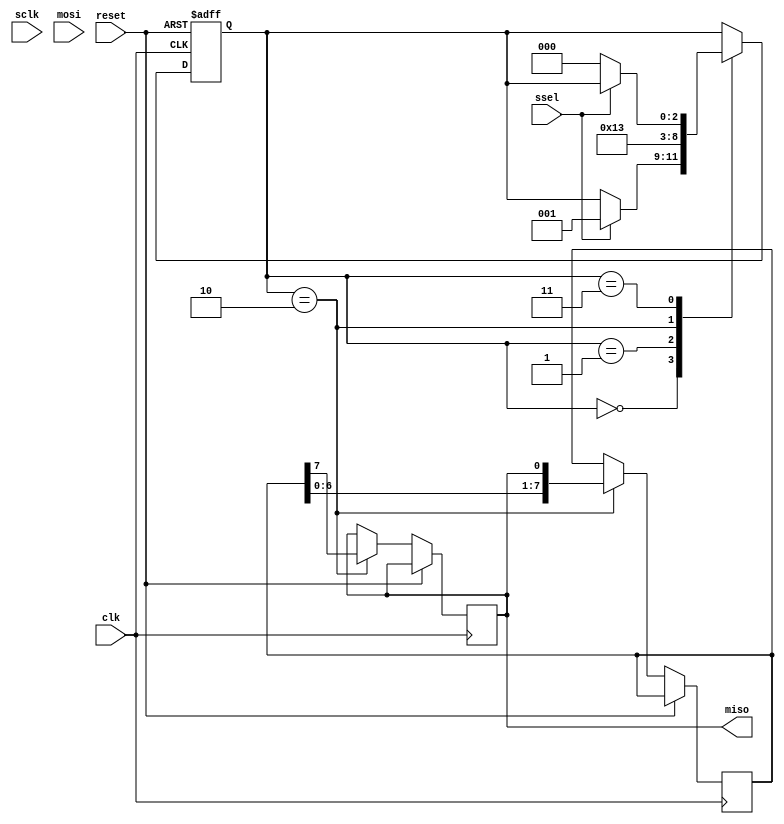
module spi_master (
    input wire clk,
    input wire reset,
    input wire ssel,
    input wire sclk,
    input wire mosi,
    output reg miso
);

// State machine to manage SPI communication operations
reg [2:0] state;
parameter IDLE = 3'b000, TRANSFER = 3'b001, SHIFT = 3'b010, DONE = 3'b011;

// Data buffers for incoming and outgoing data
reg [7:0] tx_data;
reg [7:0] rx_data;

// Error detection and correction mechanisms
reg error;

always @(posedge clk or posedge reset) begin
    if (reset)
        state <= IDLE;
    else begin
        case (state)
            IDLE: begin
                if (ssel)
                    state <= TRANSFER;
            end
            TRANSFER: begin
                tx_data <= mosi;
                state <= SHIFT;
            end
            SHIFT: begin
                miso <= rx_data[7];
                rx_data <= {rx_data[6:0], miso};
                tx_data <= {tx_data[6:0], 1'b0};
                state <= DONE;
            end
            DONE: begin
                if (!ssel)
                    state <= IDLE;
            end
        endcase
    end
end

endmodule